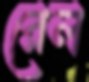
রেল